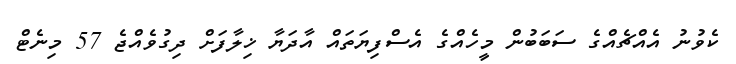
ކެވުނު އެއްޗެއްގެ ސަބަބުން މީހެއްގެ އެސްފިޔަތައް އާދަޔާ ޚިލާފަށް ދިގުވެއްޖެ 57 މިނެޓް